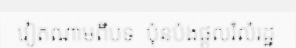
វៀតណាមពីបទ  ប៉ុនប៉ងផ្តួលរំលំរដ្ឋ